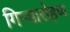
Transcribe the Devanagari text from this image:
गिऱ्यारोहण